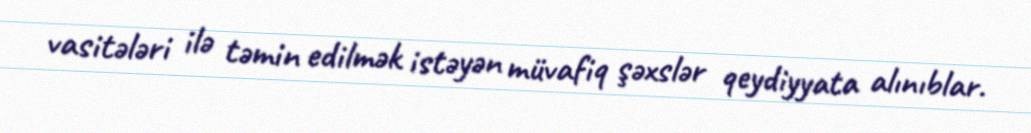
vasitələri ilə təmin edilmək istəyən müvafiq şəxslər qeydiyyata alınıblar.